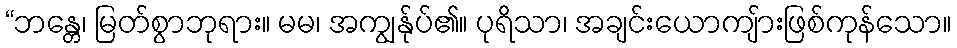
“ဘန္တေ၊ မြတ်စွာဘုရား။ မမ၊ အကျွန်ုပ်၏။ ပုရိသာ၊ အချင်းယောကျ်ားဖြစ်ကုန်သော။